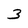
Character: 3